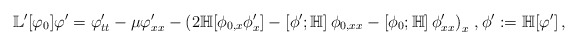
\begin{align*}\mathbb{L}^\prime[\varphi_0]\varphi^\prime=\varphi^\prime_{tt}-\mu\varphi^\prime_{xx}-\left(2\mathbb H[\phi_{0,x}\phi^\prime_x]-\left[\phi^\prime;\mathbb H\right]\phi_{0,xx}-\left[\phi_0;\mathbb H\right]\phi^\prime_{xx}\right)_x\,,\phi^\prime:=\mathbb H[\varphi^\prime]\,,\end{align*}